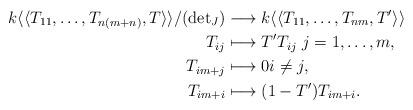
LaTeX: \begin{align*} k \langle\langle T_{11} , \dotsc , T_{n(m+n)} , T \rangle \rangle / ( \operatorname{det}_J ) &\longrightarrow k \langle \langle T_{11} , \dotsc , T_{nm} , T' \rangle \rangle \\ T_{ij} &\longmapsto T' T_{ij} \ j = 1, \dotsc , m, \\ T_{i m+j} & \longmapsto 0 i \neq j,\\ T_{i m+i} & \longmapsto(1-T') T_{i m+i} . \end{align*}